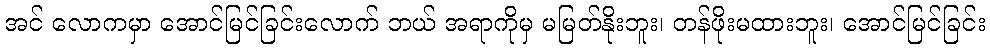
အင် လောကမှာ အောင်မြင်ခြင်းလောက် ဘယ် အရာကိုမှ မမြတ်နိုးဘူး၊ တန်ဖိုးမထားဘူး၊ အောင်မြင်ခြင်း